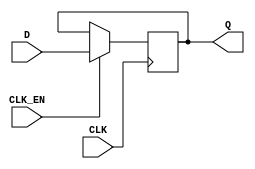
module FlipFlipD(
    input CLK, D, CLK_EN,
    output reg Q =0
    );
    
    always @ (posedge CLK) begin
        if(CLK_EN == 1) Q <= D;
    end
endmodule